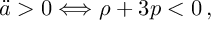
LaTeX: \ddot { a } > 0 \Longleftrightarrow \rho + 3 p < 0 \, ,